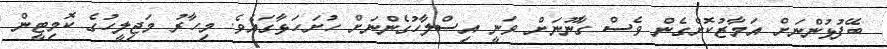
ބޭފުޅުންނަށް އަމާޒުކޮށްގެން ވެސް ގާނޫނަށް ވަނީ އިސްލާހުގެންނަށް ހުށަހަޅާގައެވެ. މިހާރު މަޖިލީހުގެ ކޮމިޓީން